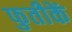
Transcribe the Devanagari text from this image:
फुतीकें